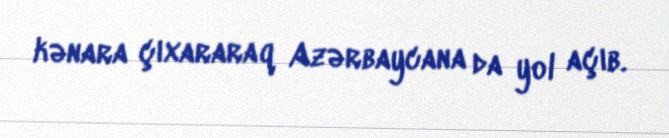
kənara çıxararaq Azərbaycana da yol açıb.